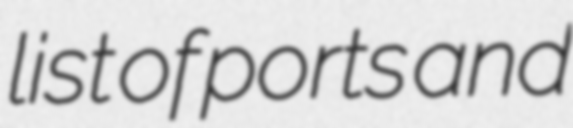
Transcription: list of ports and